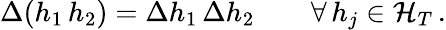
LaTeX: \Delta(h_{1}\, h_{2})=\Delta h_{1}\, \Delta h_{2}\qquad\forall\, h_{j}\in{\cal H}_{T}\, .